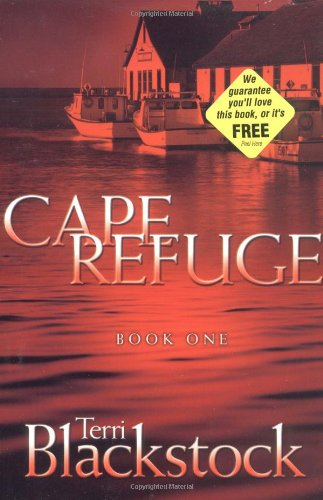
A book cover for Cape Refuge (Cape Refuge, No. 1); Terri Blackstock; Religion & Spirituality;